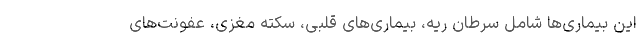
این بیماری‌ها شامل سرطان ریه، بیماری‌های قلبی، سکته مغزی، عفونت‌های